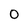
Character: O